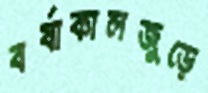
বর্ষাকালজুড়ে